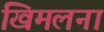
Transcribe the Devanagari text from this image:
खिमलना